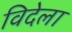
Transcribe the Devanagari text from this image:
विदेला